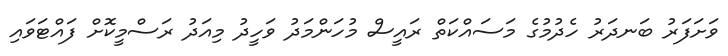
ވަށަފަރު ބަނދަރު ހެދުމުގެ މަސައްކަތް ރައީސް މުހަންމަދު ވަހީދު މިއަދު ރަސްމީކޮށް ފައްޓަވައި